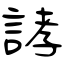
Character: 誟